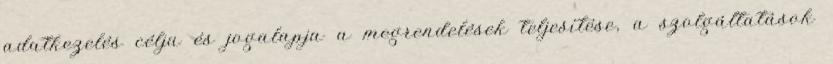
adatkezelés célja és jogalapja a megrendelések teljesítése, a szolgáltatások